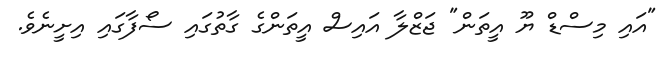
"އައި މިސްޑް ޔޫ އީތަން" ޖަޒްލާ އައިސް އީތަންގެ ގާތުގައި ސޯފާގައި އިށީނެވެ.